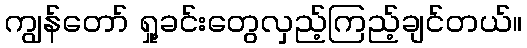
ကျွန်တော် ရှု့ခင်းတွေလှည့်ကြည့်ချင်တယ်။